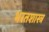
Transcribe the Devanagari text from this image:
भरतशास्त्र